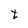
Character: t